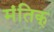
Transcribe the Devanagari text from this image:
मंतिक्‌